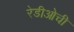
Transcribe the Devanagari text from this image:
रेडीओची